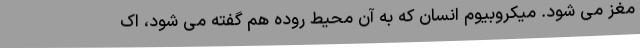
مغز می شود. میکروبیوم انسان که به آن محیط روده هم گفته می شود، اک